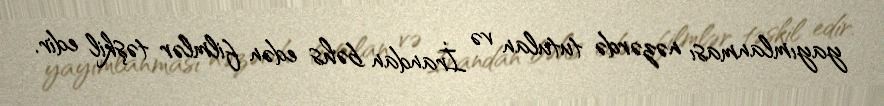
yayımlanması nəzərdə tutulan və İrandan bəhs edən filmlər təşkil edir.